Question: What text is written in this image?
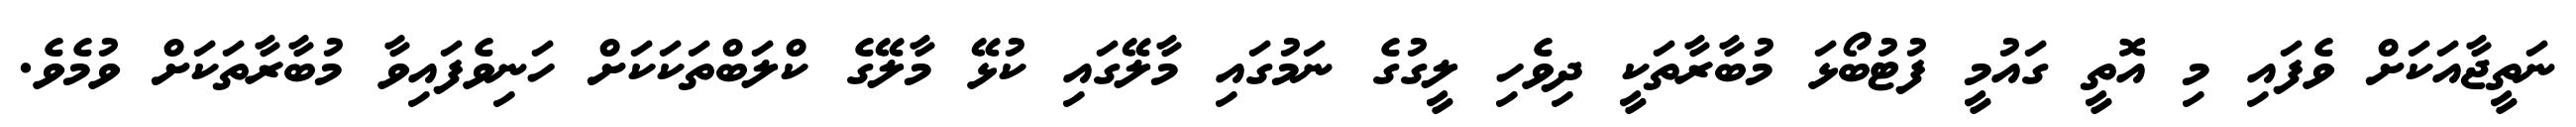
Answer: ނަތީޖާއަކަށް ވެފައި މި އޮތީ ގައުމީ ފުޓުބޯޅަ މުބާރާތަކީ ދިވެހި ލީގުގެ ނަމުގައި މާލޭގައި ކުޅޭ މާލޭގެ ކްލަބްތަކަކަށް ހަނިވެފައިވާ މުބާރާތަކަށް ވުމެވެ.